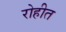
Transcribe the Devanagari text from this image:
रोहीत